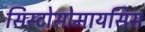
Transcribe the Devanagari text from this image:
सिस्टोसोमायसिस